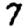
Digit: 7